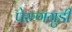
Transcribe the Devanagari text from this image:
पेरुणगुडी